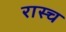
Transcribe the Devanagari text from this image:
रास्च